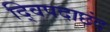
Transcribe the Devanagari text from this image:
द्विपदाछंद